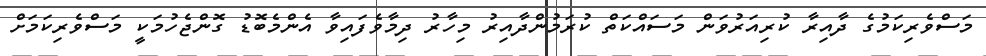
މަސްވެރިކަމުގެ ދާއިރާ ކުރިއަރުވަން މަސައްކަތް ކުރަމުންދާއިރު މިހާރު ދިމާވެފައިވާ އެންމެބޮޑު ގޮންޖެހުމަކީ މަސްވެރިކަމަށް